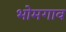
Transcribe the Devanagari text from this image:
भोमगाव